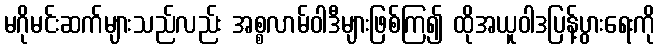
မဂိုမင်းဆက်များသည်လည်း အစ္စလာမ်ဝါဒီများဖြစ်ကြ၍ ထိုအယူဝါဒပြန့်ပွားရေးကို